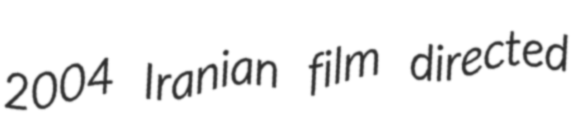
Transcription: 2004 Iranian film directed